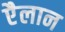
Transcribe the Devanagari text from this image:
एैलान